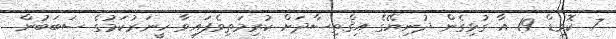
7. ކޮވިޑް 19 އާ ގުޅިގެން ދުނިޔޭގެ އިޤްތިޞާދަށް ކުރިމަތިވެފައިވާ ހީނަރުކަމުގެ ސަބަބުން